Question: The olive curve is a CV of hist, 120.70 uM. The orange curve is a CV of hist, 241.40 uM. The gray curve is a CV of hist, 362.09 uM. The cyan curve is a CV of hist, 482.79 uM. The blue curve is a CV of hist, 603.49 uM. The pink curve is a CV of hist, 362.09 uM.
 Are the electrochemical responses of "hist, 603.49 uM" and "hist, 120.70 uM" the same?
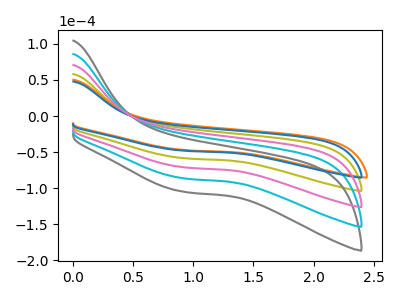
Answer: <think>The olive curve "hist, 120.70 uM" has no peaks. The orange curve "hist, 241.40 uM" has no peaks. The gray curve "hist, 362.09 uM" has no peaks. The cyan curve "hist, 482.79 uM" has no peaks. The blue curve "hist, 603.49 uM" has no peaks. The pink curve "hist, 362.09 uM" has no peaks.
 Neither "hist, 603.49 uM" or "hist, 120.70 uM" have any peaks.</think>
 <answer>"hist, 603.49 uM" and "hist, 120.70 uM" are similar in shape.</answer>
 <eval>same_shape</eval>